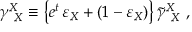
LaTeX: \gamma _ { \ X } ^ { X } \equiv \left\{ e ^ { t } \, \varepsilon _ { X } + \left( 1 - \varepsilon _ { X } \right) \right\} \widetilde { \gamma } _ { \ X } ^ { X } \ ,